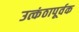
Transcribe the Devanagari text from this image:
उत्कंठापूर्वक